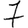
Digit: 7